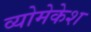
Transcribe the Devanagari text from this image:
व्योमेकेश